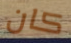
كان